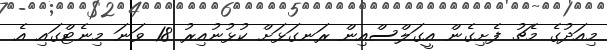
މިއަދުގެ މެޗު ފެށިގެން އީގަލްސްއިން ރަނގަޅަށް ކުޅުނުއިރު 18 ވަނަ މިނެޓްގައި އެ